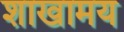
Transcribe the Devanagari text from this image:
शाखामय